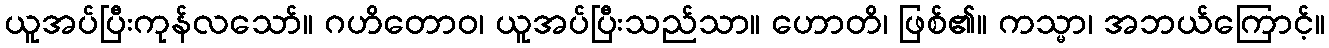
ယူအပ်ပြီးကုန်လသော်။ ဂဟိတောဝ၊ ယူအပ်ပြီးသည်သာ။ ဟောတိ၊ ဖြစ်၏။ ကသ္မာ၊ အဘယ်ကြောင့်။